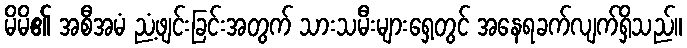
မိမိ၏ အစီအမံ ညံ့ဖျင်းခြင်းအတွက် သားသမီးများရှေ့တွင် အနေရခက်လျက်ရှိသည်။